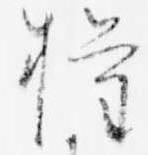
権